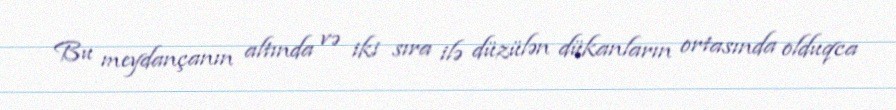
Bu meydançanın altında və iki sıra ilə düzülən dükanların ortasında olduqca